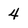
Character: 4